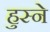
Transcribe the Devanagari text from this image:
हुस्ने